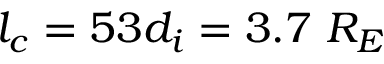
l _ { c } = 5 3 d _ { i } = 3 . 7 ~ R _ { E }